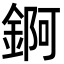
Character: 錒